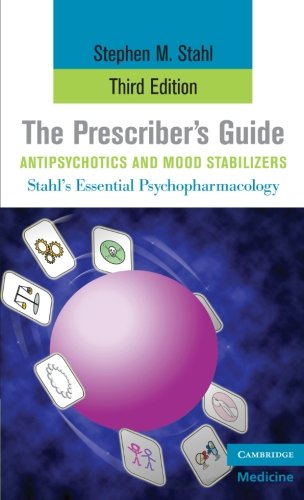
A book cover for The Prescriber's Guide, Antipsychotics and Mood Stabilizers (Stahl's Essential Psychopharmacology: Antipsychotics & Mood); Stephen M. Stahl; Medical Books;